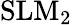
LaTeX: \mathrm{SLM_{2}}